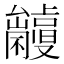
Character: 𠮘